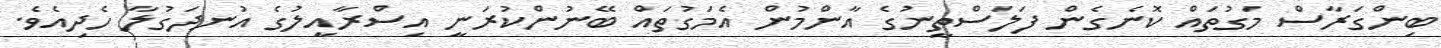
ބިންގަރާސް މަގުތައް ކޮނެގެން ފަލަސްތީނުގެ އާންމުން އެމަގުތައް ބޭނުންކުރަނީ އިސްރާއީލުގެ އުނދަގުލާ ހެދިއެވެ.